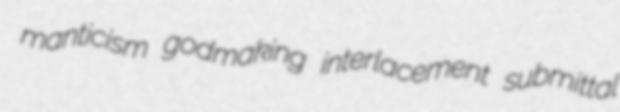
manticism godmaking interlacement submittal